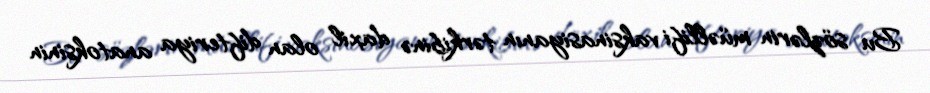
Bu sözlərin müəllifi vaksinasiyanın tərkibinə daxil olan difteriya anatoksinin